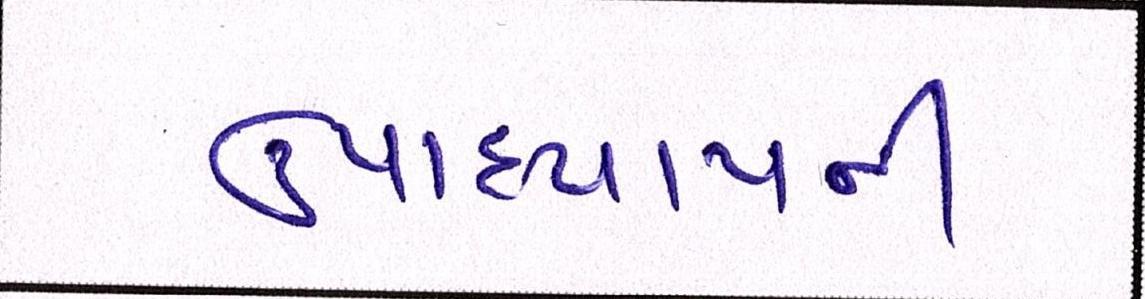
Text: ઉપાધ્યાયની